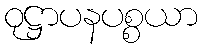
ဝုဋ္ဌာပနပစ္စယာ